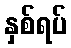
နှစ်ရပ်